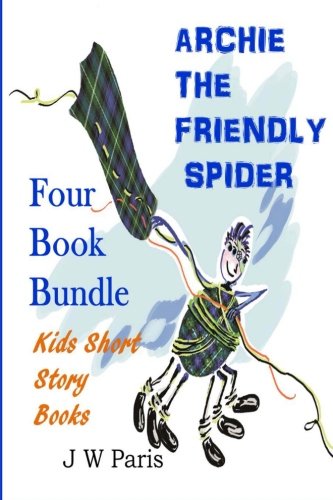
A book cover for Archie The Friendly Spider 4 Book Bundle: Kids Short Story Books; J W Paris; Science Fiction & Fantasy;